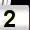
Digit: 2